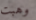
وهبت